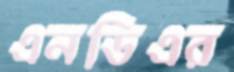
এনডিএর